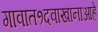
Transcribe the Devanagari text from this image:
गावात१दवाखानाआहे